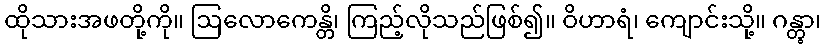
ထိုသားအဖတို့ကို။ ဩလောကေန္တိ၊ ကြည့်လိုသည်ဖြစ်၍။ ဝိဟာရံ၊ ကျောင်းသို့။ ဂန္တွာ၊